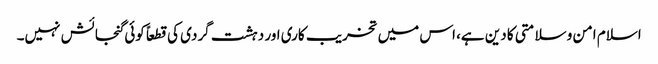
اسلام امن و سلامتی کا دین ہے، اس میں تخریب کاری اور دہشت گردی کی قطعاً کوئی گنجائش نہیں۔